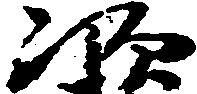
次